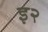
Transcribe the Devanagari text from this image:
इ२